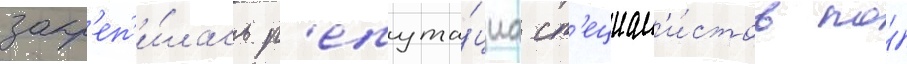
закр'еп'и́лась р'епута́циа сп'ециал'и́стов по́